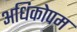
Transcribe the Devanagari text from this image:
अधिकोपम